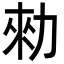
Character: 勑